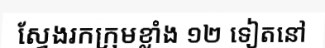
ស្វែងរកក្រុមខ្លាំង ១២ ទៀតនៅ